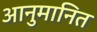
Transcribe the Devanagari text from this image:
आनुमानित